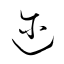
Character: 迩